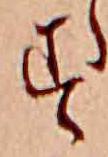
す